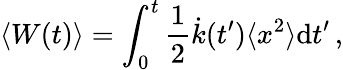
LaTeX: \langle W(t)\rangle=\int_{0}^{t}\frac{1}{2}\dot{k}(t^{\prime})\langle x^{2}\rangle\mathrm dt^{\prime}\, ,